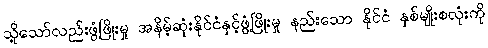
သို့သော်လည်းဖွံ့ဖြိုးမှု အနိမ့်ဆုံးနိုင်ငံနှင့်ဖွံ့ဖြိုးမှု နည်းသော နိုင်ငံ နှစ်မျိုးစလုံးကို